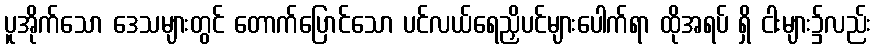
ပူအိုက်သော ဒေသများတွင် တောက်ပြောင်သော ပင်လယ်ရေညှိပင်များပေါက်ရာ ထိုအရပ် ရှိ ငါးများ၌လည်း